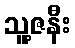
သူ့ဇနီး